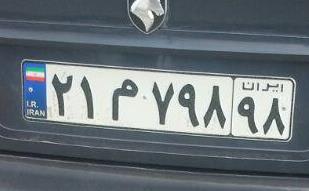
۲۱م۷۹۸۹۸